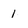
Character: 1